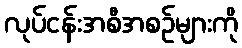
လုပ်ငန်းအစီအစဉ်များကို